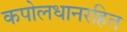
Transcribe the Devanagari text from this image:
कपोलधानरहित